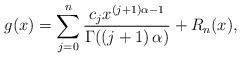
LaTeX: \begin{align*}g(x)=\sum_{j=0}^{n}\frac{c_{j}x^{\left ( j+1 \right )\alpha -1}}{\Gamma (\left ( j+1 \right )\alpha ) }+ R_{n}(x),\end{align*}